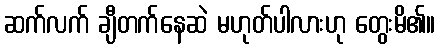
ဆက်လက် ချီတက်နေဆဲ မဟုတ်ပါလားဟု တွေးမိ၏။